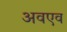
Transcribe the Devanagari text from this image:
अवएव